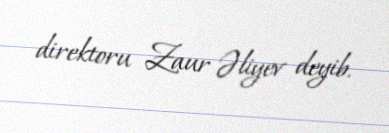
direktoru Zaur Əliyev deyib.